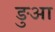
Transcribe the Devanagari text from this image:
ङुआ